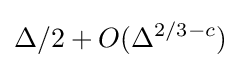
\Delta /2+O(\Delta ^{2/3-c})